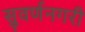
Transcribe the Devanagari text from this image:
सुवर्णनगरी